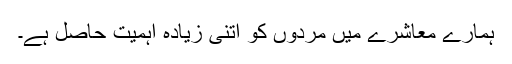
ہمارے معاشرے میں مردوں کو اتنی زیادہ اہمیت حاصل ہے۔